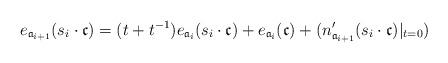
LaTeX: \begin{align*}e_{{\mathfrak{a}_{i+1}}}( s_i \cdot \mathfrak{c})= (t+t^{-1}) e_{ {\mathfrak{a}_i}}( s_i \cdot \mathfrak{c})+ e_{{\mathfrak{a}_i}}( \mathfrak{c}) + (n'_{{\mathfrak{a}_{i+1}}}(s_i \cdot \mathfrak{c})|_{t=0})\end{align*}